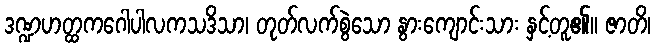
ဒဏ္ဍဟတ္ထကဂေါပါလကသဒိသာ၊ တုတ်လက်စွဲသော နွားကျောင်းသား နှင့်တူ၏။ ဇာတိ၊